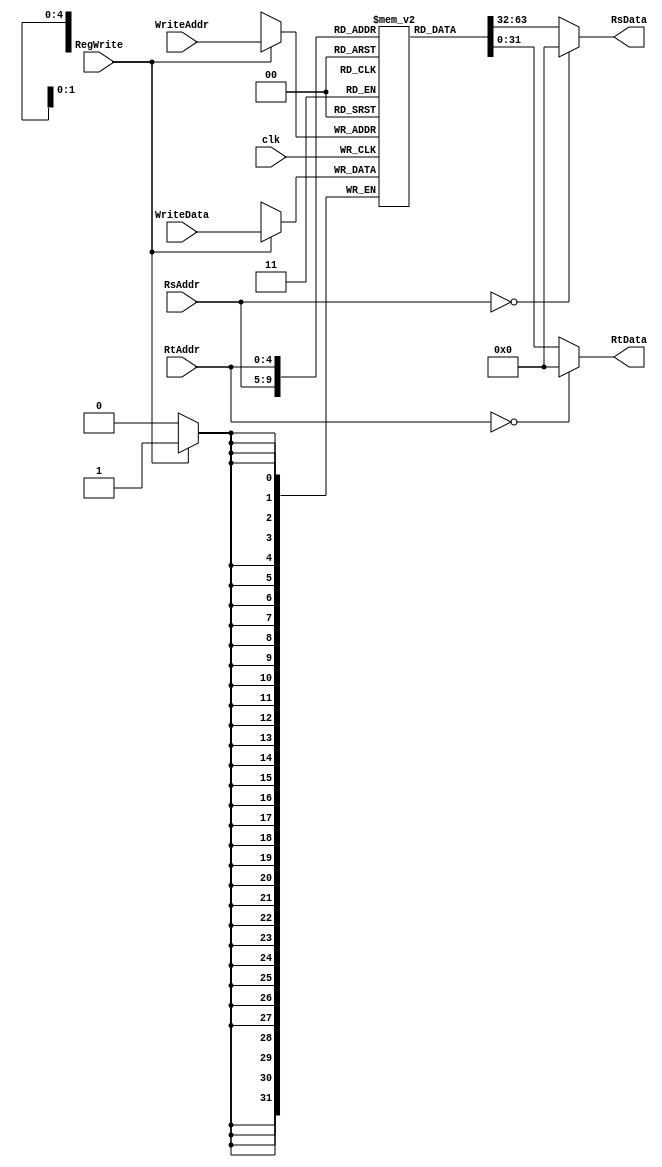
//******************************************************************************
//******************************************************************************

module Registers (
	// Outputs
	RsData, RtData,  

	// Inputs
	clk, WriteData, WriteAddr, RegWrite, RsAddr, RtAddr
);

	input		clk;

	// Info for register write port
	input [31:0]	WriteData;
	input [4:0]	   WriteAddr;
	input		RegWrite;

	input [4:0]	RsAddr, RtAddr;

	// Data from register read ports
	output [31:0]	RsData;		// data output for read port A
	output [31:0]	RtData;		// data output for read port B

	// 32-register memory declaration
	reg [31:0]	regs [31:0];

//******************************************************************************
// get data from read registers
//******************************************************************************

	assign RsData = (RsAddr == 5'b0) ? 32'b0 : regs[RsAddr];//
	assign RtData = (RtAddr == 5'b0) ? 32'b0 : regs[RtAddr];//

//******************************************************************************
// write to register if necessary 
//******************************************************************************

	always @ (posedge clk) begin
		if (RegWrite)
			regs[WriteAddr] <= WriteData;
	end

endmodule